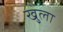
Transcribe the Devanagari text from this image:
खु्ला